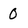
Character: 0